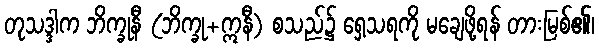
တုသဒ္ဒါက ဘိက္ခုနီ (ဘိက္ခု+ဣနီ) စသည်၌ ရှေ့သရကို မချေဖို့ရန် တားမြစ်၏၊